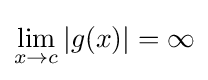
\lim _{x\to c}|g(x)|=\infty